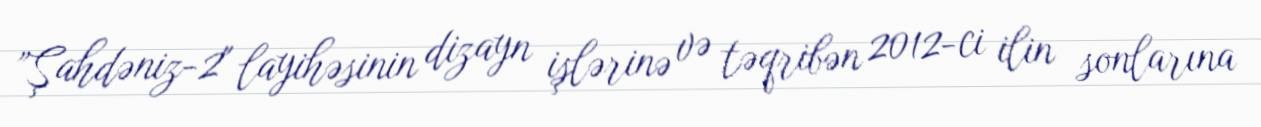
”Şahdəniz-2" layihəsinin dizayn işlərinə və təqribən 2012-ci ilin sonlarına